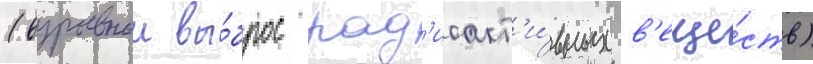
(взрывнои вы́брос рад'иоакт'и́вных в'еще́ств)